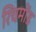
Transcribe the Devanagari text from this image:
रिचमोंड